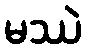
မဿဲ